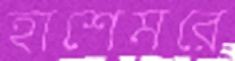
হাশেমরে